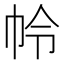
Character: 𭘘